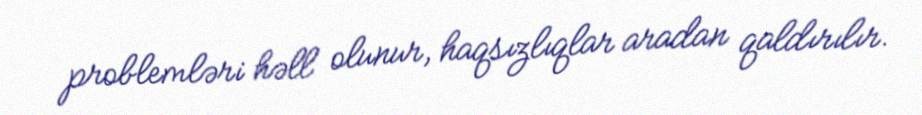
problemləri həll olunur, haqsızlıqlar aradan qaldırılır.